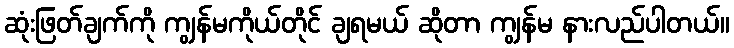
ဆုံးဖြတ်ချက်ကို ကျွန်မကိုယ်တိုင် ချရမယ် ဆိုတာ ကျွန်မ နားလည်ပါတယ်။